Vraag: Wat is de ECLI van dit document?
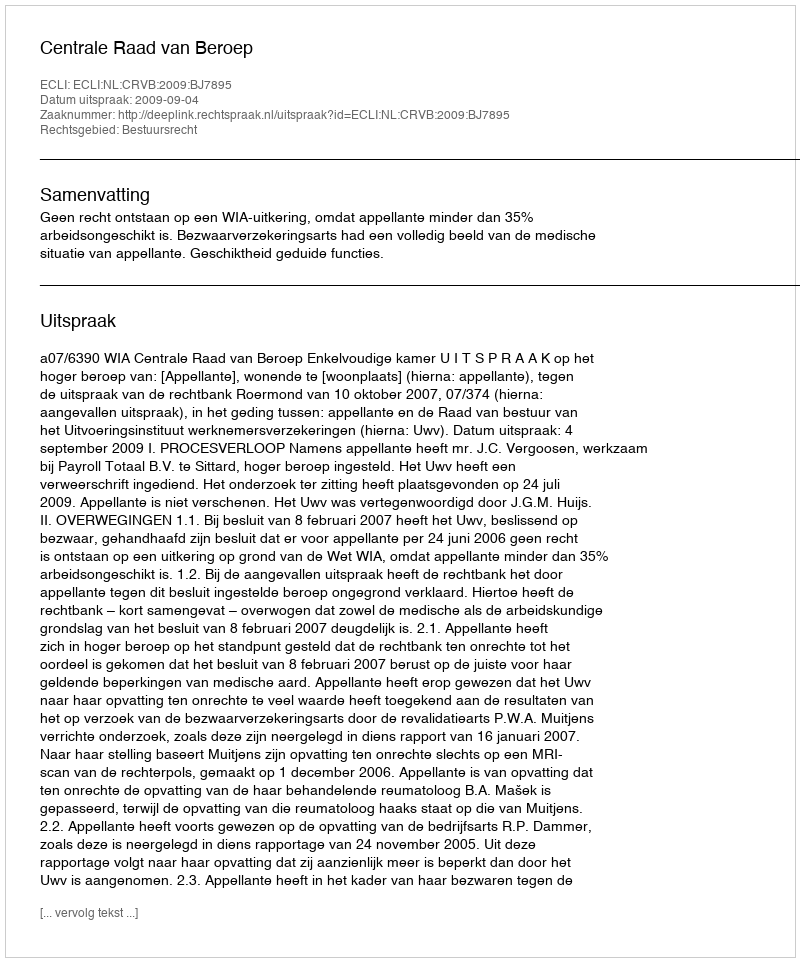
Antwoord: ECLI:NL:CRVB:2009:BJ7895